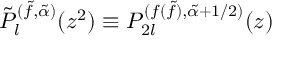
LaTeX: \tilde { P } _ { l } ^ { ( \tilde { f } , \tilde { \alpha } ) } ( z ^ { 2 } ) \equiv P _ { 2 l } ^ { ( f ( \tilde { f } ) , \tilde { \alpha } + 1 / 2 ) } ( z )